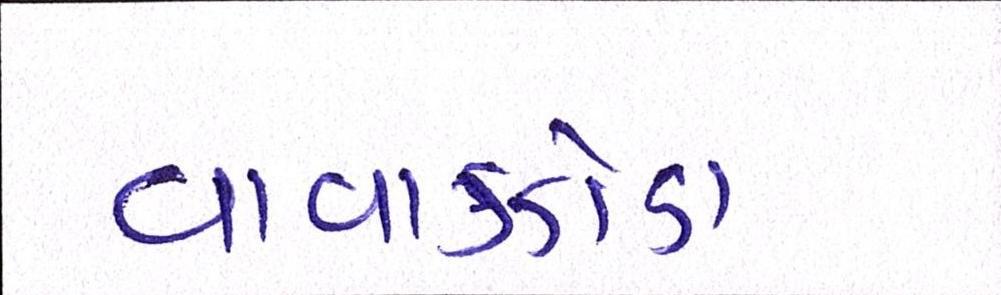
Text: વાવાઝોડા